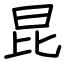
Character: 昆